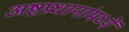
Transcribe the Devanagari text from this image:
अष्टप्रधानांमध्यें